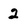
Character: 2